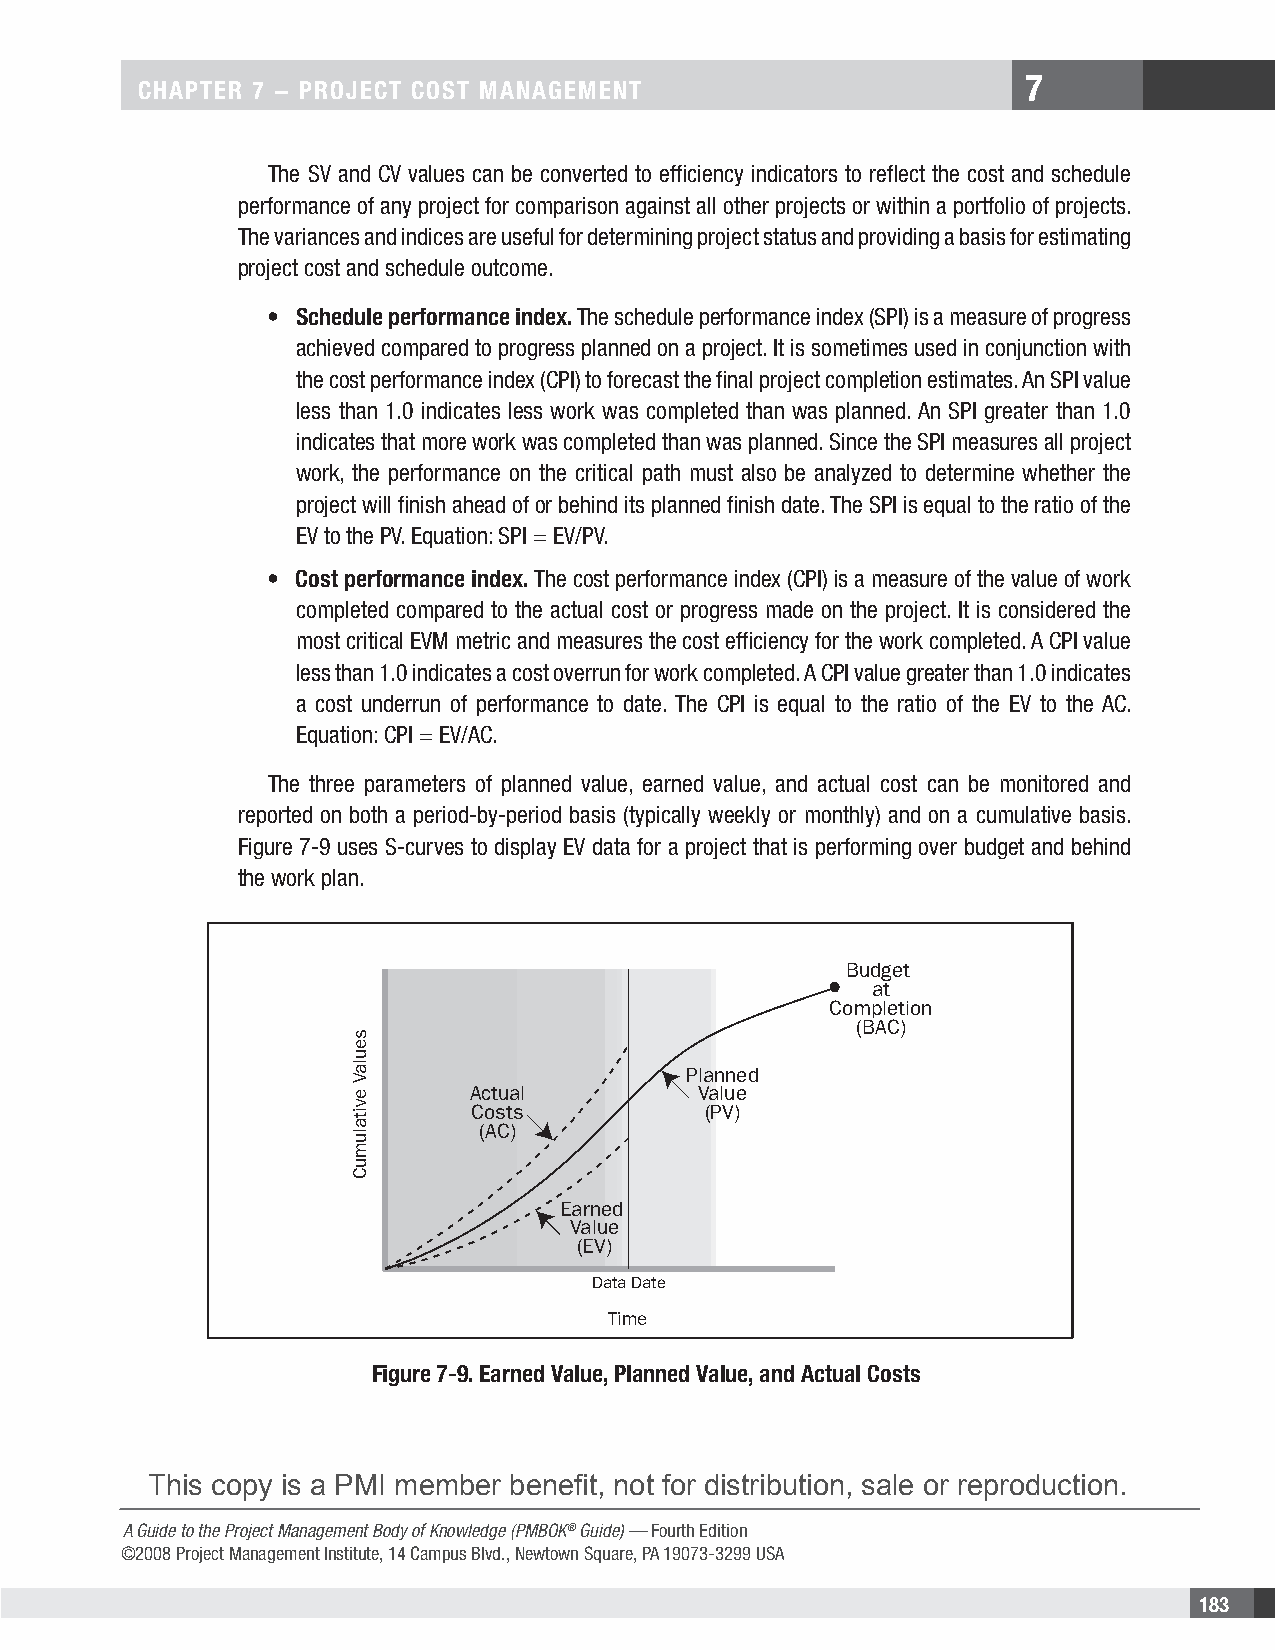
7
 CHAPTER 7 − PROjECT COsT MAnAgEMEnT
 The SV and CV values can be converted to efficiency indicators to reflect the cost and schedule
 performance of any project for comparison against all other projects or within a portfolio of projects.
 The variances and indices are useful for determining project status and providing a basis for estimating
 project cost and schedule outcome.
 • schedule performance index. The schedule performance index (SPI) is a measure of progress
 achieved compared to progress planned on a project. It is sometimes used in conjunction with
 the cost performance index (CPI) to forecast the final project completion estimates. An SPI value
 less than 1.0 indicates less work was completed than was planned. An SPI greater than 1.0
 indicates that more work was completed than was planned. Since the SPI measures all project
 work, the performance on the critical path must also be analyzed to determine whether the
 project will finish ahead of or behind its planned finish date. The SPI is equal to the ratio of the
 EV to the PV. Equation: SPI = EV/PV.
 • Cost performance index. The cost performance index (CPI) is a measure of the value of work
 completed compared to the actual cost or progress made on the project. It is considered the
 most critical EVM metric and measures the cost efficiency for the work completed. A CPI value
 less than 1.0 indicates a cost overrun for work completed. A CPI value greater than 1.0 indicates
 a cost underrun of performance to date. The CPI is equal to the ratio of the EV to the AC.
 Equation: CPI = EV/AC.
 The three parameters of planned value, earned value, and actual cost can be monitored and
 reported on both a period-by-period basis (typically weekly or monthly) and on a cumulative basis.
 Figure 7-9 uses S-curves to display EV data for a project that is performing over budget and behind
 the work plan.
 Budget
 at
 Completion
 (BAC)
 Planned
 Actual         Value
 Costs           (PV)
 (AC)
 Earned
 Value
 (EV)
 Data Date
 Time
 Figure 7-9. Earned Value, Planned Value, and Actual Costs
 This copy is a PMI member benefit, not for distribution, sale or reproduction.
 A Guide to the Project Management Body of Knowledge (PMBOK® Guide) — Fourth Edition
 ©2008 Project Management Institute, 14 Campus Blvd., Newtown Square, PA 19073-3299 USA
 183
 seulaV
 evitalumuC